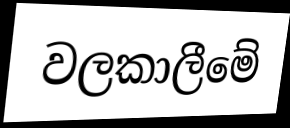
වලකාලීමේ